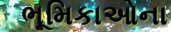
ભૂમિકાઓના